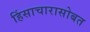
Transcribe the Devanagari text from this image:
हिंसाचारासोबत